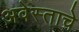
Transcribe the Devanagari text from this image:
अवेस्ताचे